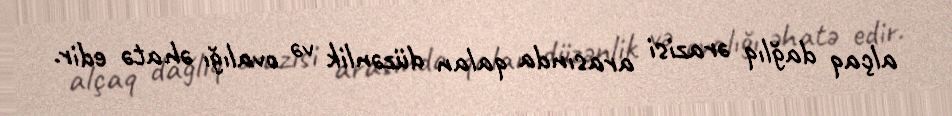
alçaq dağlıq ərazisi arasında qalan düzənlik və ovalığı əhatə edir.